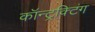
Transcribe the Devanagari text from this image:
कॉन्ट्रक्टिंग